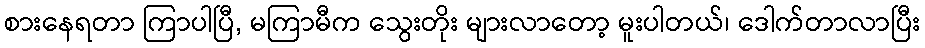
စားနေရတာ ကြာပါပြီ, မကြာမီက သွေးတိုး များလာတော့ မူးပါတယ်၊ ဒေါက်တာလာပြီး